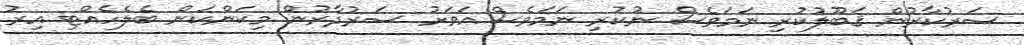
ސަރުކާރުން ޤަބޫލުކުރި ނަމަވެސް ނުކުރި ނަމަވެސް އަވަށު ސަރުދާރުން މިކަންކަން ބެލެހެއްޓި އިރު